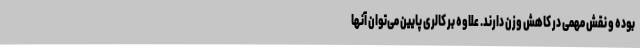
بوده و نقش مهمی در کاهش وزن دارند. علاوه بر کالری پایین می‌توان آنها